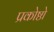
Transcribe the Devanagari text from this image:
प्रकोष्ठो